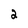
Character: 2